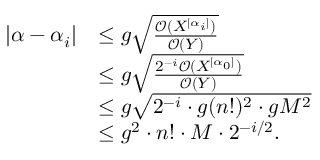
\begin{array} { r l } { | \alpha - \alpha _ { i } | } & { \leq g \sqrt { \frac { \mathcal { O } ( X ^ { [ \alpha _ { i } ] } ) } { \mathcal { O } ( Y ) } } } \\ & { \leq g \sqrt { \frac { 2 ^ { - i } \mathcal { O } ( X ^ { [ \alpha _ { 0 } ] } ) } { \mathcal { O } ( Y ) } } } \\ & { \leq g \sqrt { 2 ^ { - i } \cdot g ( n ! ) ^ { 2 } \cdot g M ^ { 2 } } } \\ & { \leq g ^ { 2 } \cdot n ! \cdot M \cdot 2 ^ { - i / 2 } . } \end{array}